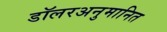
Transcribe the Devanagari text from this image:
डॉलरअनुमानित